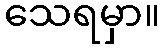
သေရမှာ။